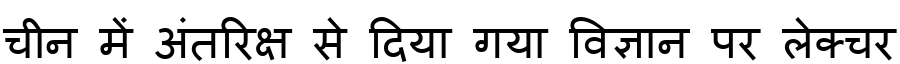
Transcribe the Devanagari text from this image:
चीन में अंतरिक्ष से दिया गया विज्ञान पर लेक्चर